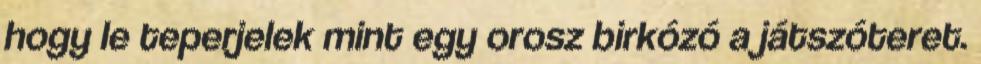
hogy le teperjelek mint egy orosz birkózó a játszóteret.